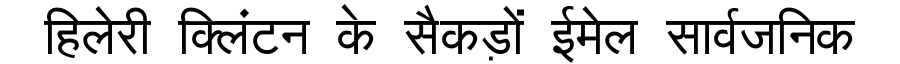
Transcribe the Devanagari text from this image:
हिलेरी क्लिंटन के सैकड़ों ईमेल सार्वजनिक